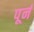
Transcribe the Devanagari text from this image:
पूर्न